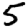
Digit: 5